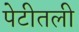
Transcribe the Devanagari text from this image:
पेटीतली